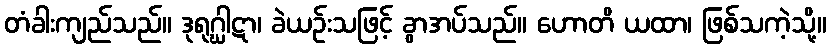
တံခါးကျည်သည်။ ဒုရုဂ္ဃါဋာ၊ ခဲယဉ်းသဖြင့် ခွာအပ်သည်။ ဟောတိ ယထာ၊ ဖြစ်သကဲ့သို့။